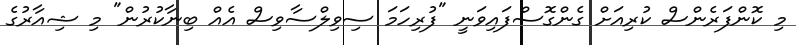
މި ކޮންފަރެންސް ކުރިއަށް ގެންގޮސްފައިވަނީ "ފުރިހަމަ ސިވިލްސާވިސް އެއް ބިނާކުރުން" މި ޝިއާރުގެ